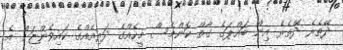
ދޭތެރެ ދޭތެރެ އިން ބައްޕަގެ ގާތް ކޮންމެސް މީހެއްގެ ދަރިއެއްގެ ކައިވެންޏަށް އެ